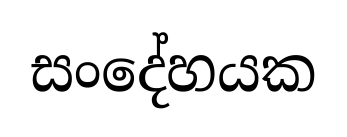
සංදේහයක